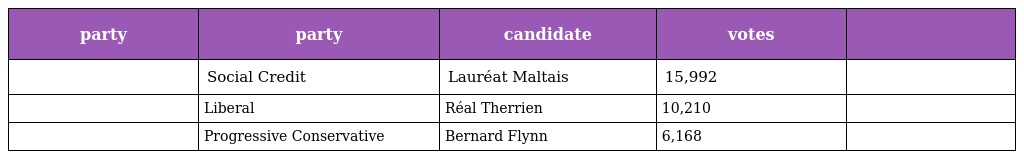
| party | party | candidate | votes |  |
 | --- | --- | --- | --- | --- |
 |  | Social Credit | Lauréat Maltais | 15,992 |  |
 |  | Liberal | Réal Therrien | 10,210 |  |
 |  | Progressive Conservative | Bernard Flynn | 6,168 |  |